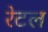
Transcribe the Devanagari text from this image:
रेटल